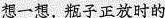
想一想，瓶子正放时的